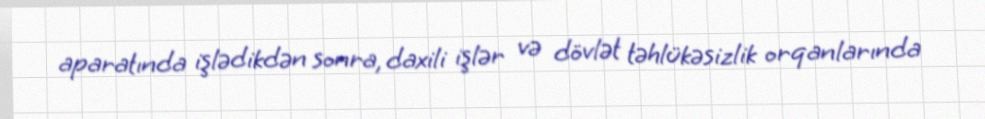
aparatında işlədikdən sonra, daxili işlər və dövlət təhlükəsizlik orqanlarında